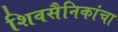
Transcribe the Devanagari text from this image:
शिवसैनिकांचा